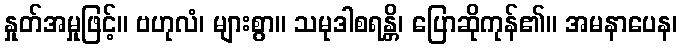
နှုတ်အမှုဖြင့်။ ဗဟုလံ၊ များစွာ။ သမုဒါစရန္တိ၊ ပြောဆိုကုန်၏။ အမနာပေန၊